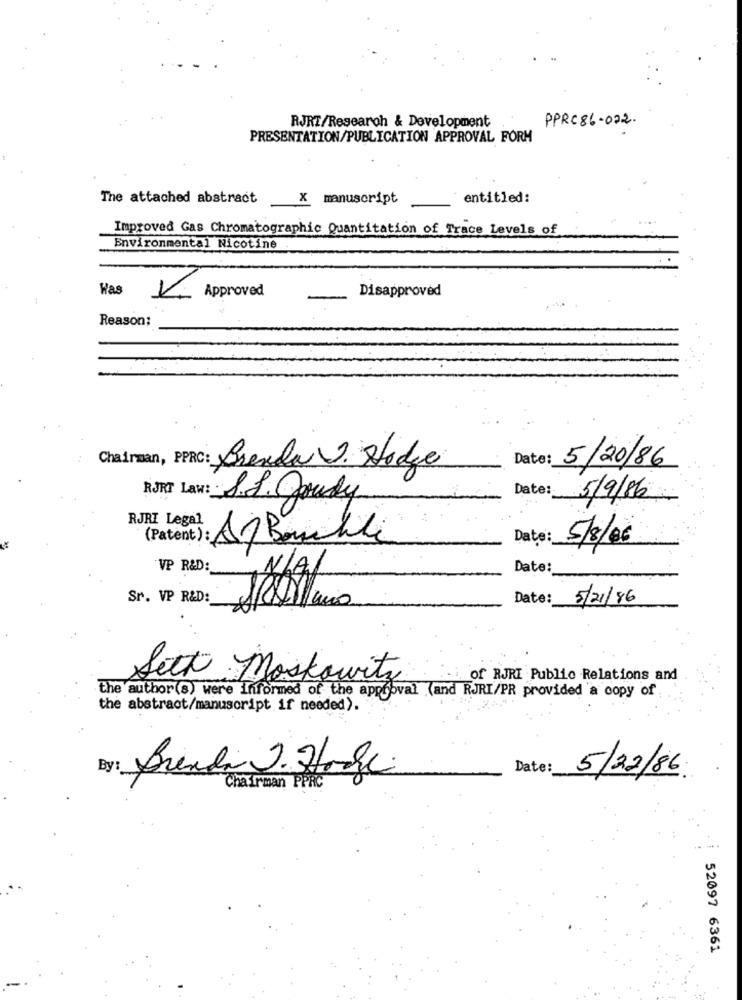
RJRT/Research & Development
PPRC86-022.
PRESENTATION/PUBLICATION APPROVAL FORM
The attached abstract
X manuscript
entitled:
Improved Gas Chromatographic Quantitation of Trace Levels of
Environmental Nicotine
Was
Approved
Disapproved
Reason:
Chairman, PRC: Brenda W. Hodge
Date: 5/20/86
Date:
RJRT Law: S. L. Joudy
5/9/86
RJRI Legal
A1 Bauchile
Date:
5/8/06
VP R&D:
Date:
Sr. VP R&D:
Date:
5/21/86
Sett Moskowitz
of RJRI Public Relations and
the author(s) were informed of the approval (and RJRI/PR provided a copy of
the abstract/manuscript if needed).
By: Brenda J. Hogge
Date:
5/22/86
Chairman PPRC
52097 6361